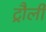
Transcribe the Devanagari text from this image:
ट्रौली